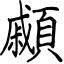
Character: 顣